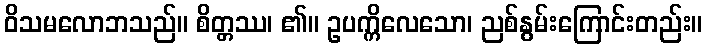
ဝိသမလောဘသည်။ စိတ္တဿ၊ ၏။ ဥပက္ကိလေသော၊ ညစ်နွမ်းကြောင်းတည်း။